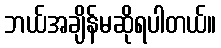
ဘယ်အချိန်မဆိုရပါတယ်။